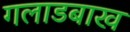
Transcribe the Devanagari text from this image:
गलाडबाख